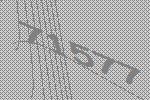
71577